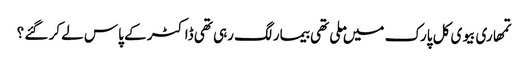
تمھاری بیوی کل پارک میں ملی تھی بیمار لگ رہی تھی ڈاکٹر کے پاس لے کر گئے ؟